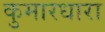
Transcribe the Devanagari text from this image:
कुमारधारा